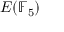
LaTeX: E ( \mathbb { F } _ { 5 } )